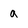
Character: a